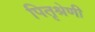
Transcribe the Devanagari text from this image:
पितृश्रेणी